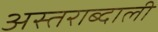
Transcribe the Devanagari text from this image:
अस्तराब्दाली